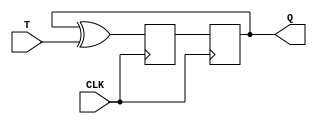
module tff(input T, input CLK, output reg Q);

reg D;

// D flip-flop
always @(posedge CLK)
begin
    D <= Q ^ T;
    Q <= D;
end

endmodule